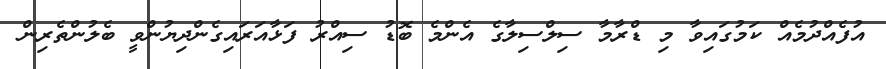
އުފެއްދުމެއް ކަމުގައިވާ މި ޑްރާމާ ސިލްސިލާގެ އެންމެ ބޮޑު ސިއްރު ފަޅާއަރައިގެންދިޔުންވީ ބެލުންތެރިން